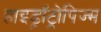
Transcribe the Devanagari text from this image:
हाइड्रॉट्रोपिज्म